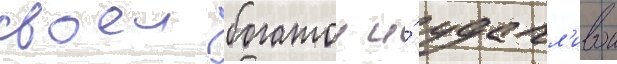
своеи богатои и́ удачл'ивои